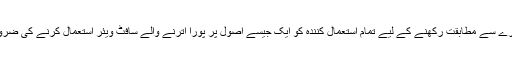
ایک دوسرے سے مطابقت رکھنے کے لیے تمام استعمال کنندہ کو ایک جیسے اصول پر پورا اترنے والے سافٹ ویئر استعمال کرنے کی ضرورت ہے۔